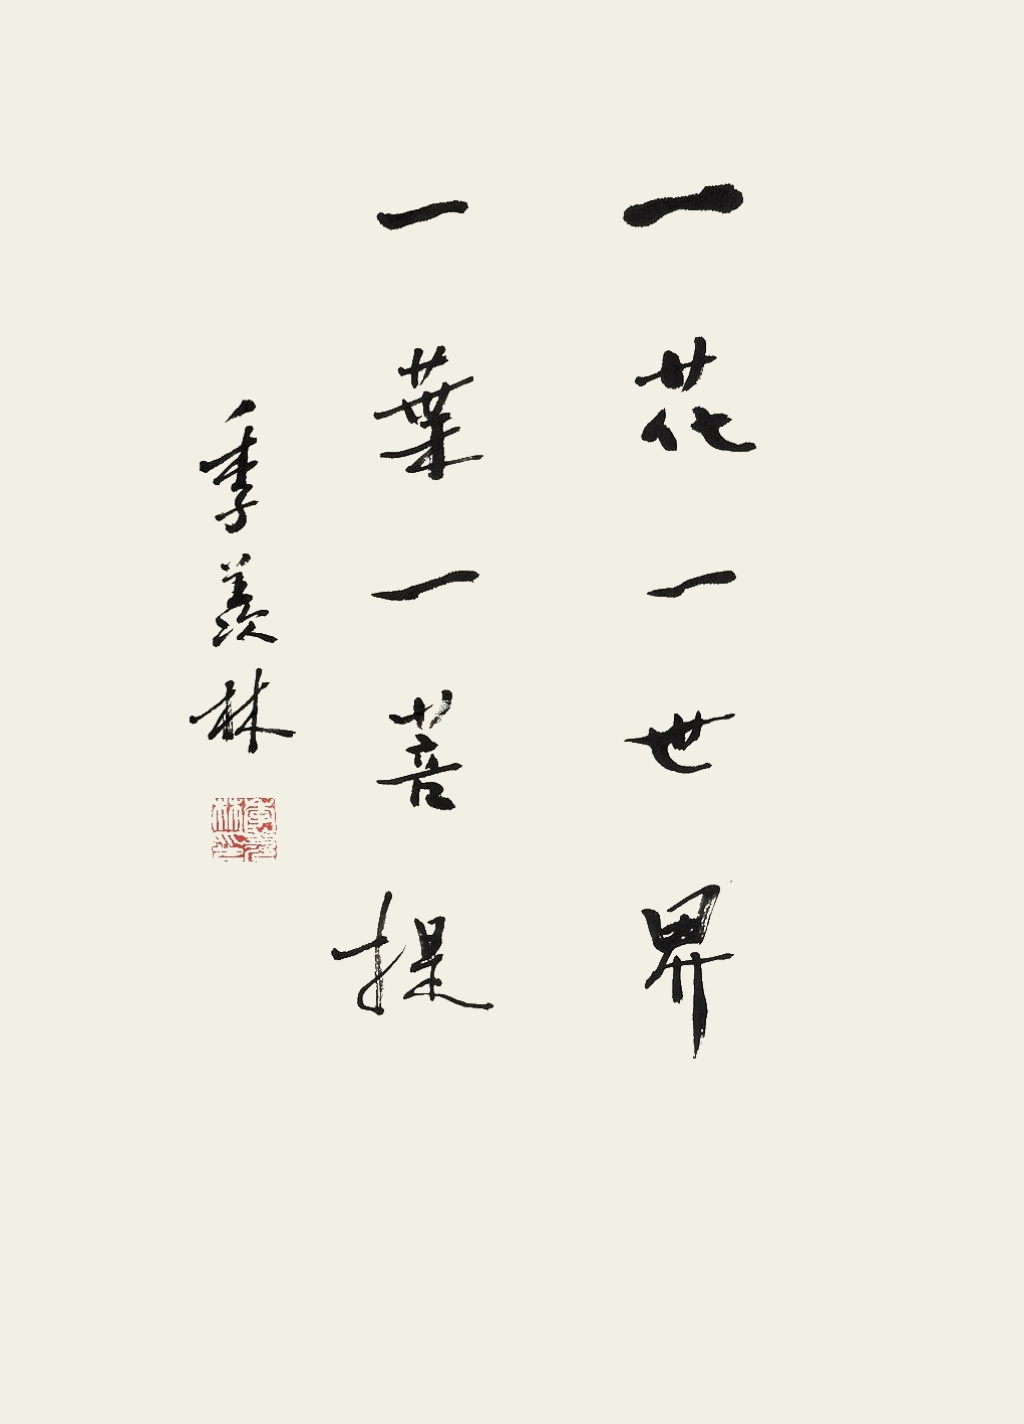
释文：一花一世界，一叶一菩提。季羡林。